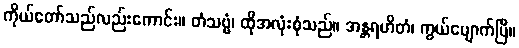
ကိုယ်တော်သည်လည်းကောင်း။ တံသဗ္ဗံ၊ ထိုအလုံးစုံသည်။ အန္တရဟိတံ၊ ကွယ်ပျောက်ပြီ။